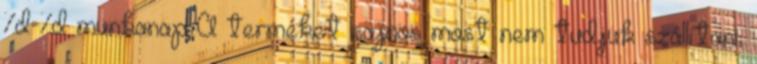
%d-%d munkanap A terméket sajnos most nem tudjuk szállítani,